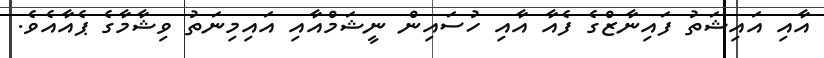
އާއި އައިޝަތު ފައިނާޒްގެ ފެއާ އާއި ހުސައިން ނީޝަމްއާއި އައިމިނަތު ވިޝާމާގެ ޕެއާއެވެ.